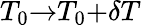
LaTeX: T_{0}{\rightarrow}T_{0}{+}\delta T